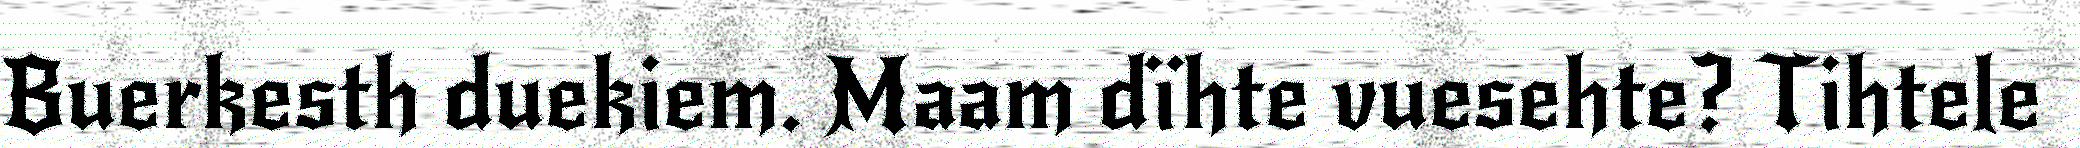
Buerkesth duekiem. Maam dïhte vuesehte? Tihtele